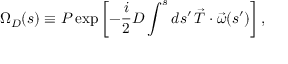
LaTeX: \Omega _ { D } ( s ) \equiv { \cal P } \exp \left[ - \frac { i } { 2 } D \int ^ { s } d s ^ { \prime } \, \vec { T } \cdot \vec { \omega } ( s ^ { \prime } ) \right] ,